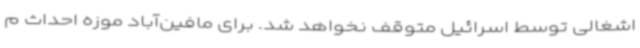
اشغالی توسط اسرائیل متوقف نخواهد شد. برای مافین‌آباد موزه احداث م